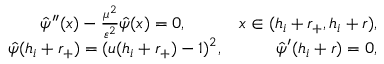
\begin{array} { r } { \hat { \psi } ^ { \prime \prime } ( x ) - \frac { \mu ^ { 2 } } { \varepsilon ^ { 2 } } \hat { \psi } ( x ) = 0 , \quad \qquad x \in ( h _ { i } + r _ { + } , h _ { i } + r ) , } \\ { \hat { \psi } ( h _ { i } + r _ { + } ) = ( u ( h _ { i } + r _ { + } ) - 1 ) ^ { 2 } , \quad \qquad \hat { \psi } ^ { \prime } ( h _ { i } + r ) = 0 , } \end{array}